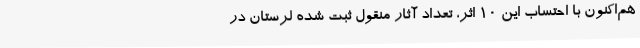
هم‌اکنون با احتساب این 10 اثر، تعداد آثار منقول ثبت شده لرستان در